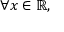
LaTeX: \forall x \in \mathbb { R } ,